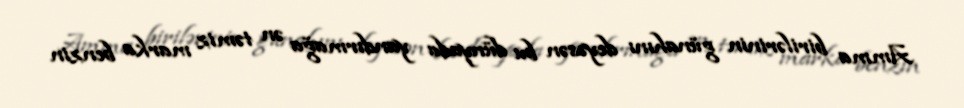
Amma birilərinin günahını deyəsən bu dünyada yandırmağa ən təmiz marka benzin